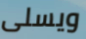
ويسلى